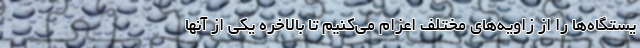
یستگاه‌ها را از زاویه‌های مختلف اعزام می‌کنیم تا بالاخره یکی از آنها